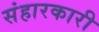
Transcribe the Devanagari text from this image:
संहारकारी